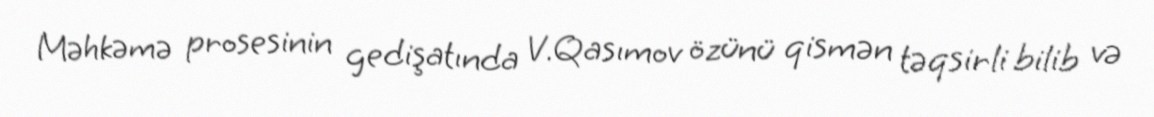
Məhkəmə prosesinin gedişatında V.Qasımov özünü qismən təqsirli bilib və